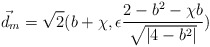
\begin{align*}\vec{d}_m = \sqrt{2} ( b + \chi , \epsilon \frac{2 - b^2 - \chi b }{\sqrt{|4-b^2 | } } )\end{align*}